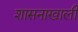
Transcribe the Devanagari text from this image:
शासनाखाली